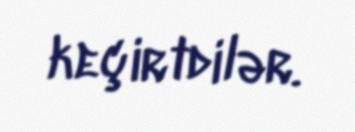
keçirtdilər.